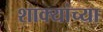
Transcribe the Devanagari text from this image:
शाक्यांच्या